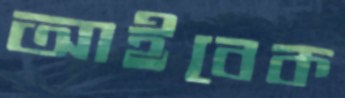
আইবেক